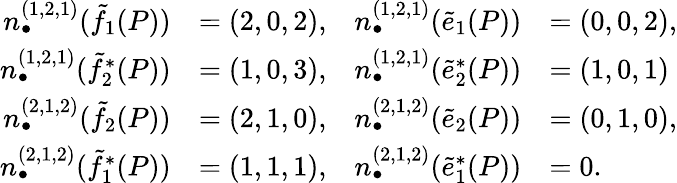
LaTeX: \begin{array}{rlrl}{n_{\bullet}^{(1,2,1)}({\tilde{f}}_{1}(P))}&{=(2,0,2),}&{n_{\bullet}^{(1,2,1)}({\tilde{e}}_{1}(P))}&{=(0,0,2),}\\ {n_{\bullet}^{(1,2,1)}({\tilde{f}}_{2}^{*}(P))}&{=(1,0,3),}&{n_{\bullet}^{(1,2,1)}({\tilde{e}}_{2}^{*}(P))}&{=(1,0,1)}\\ {n_{\bullet}^{(2,1,2)}({\tilde{f}}_{2}(P))}&{=(2,1,0),}&{n_{\bullet}^{(2,1,2)}({\tilde{e}}_{2}(P))}&{=(0,1,0),}\\ {n_{\bullet}^{(2,1,2)}({\tilde{f}}_{1}^{*}(P))}&{=(1,1,1),}&{n_{\bullet}^{(2,1,2)}({\tilde{e}}_{1}^{*}(P))}&{=0.}\end{array}